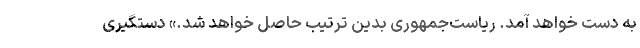
به دست خواهد آمد. ریاست‌جمهوری بدین ترتیب حاصل خواهد شد.» دستگیری